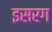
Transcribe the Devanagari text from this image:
इसरग